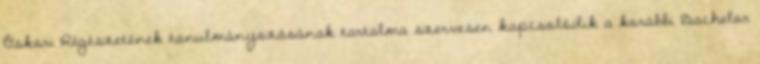
Őskori Régészetének tanulmányozásának tartalma szervesen kapcsolódik a korábbi Bachelor